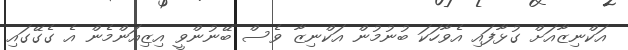
އަކްނިޒާއަށް ގުޅާފައި އެވާހަކަ ބުނުމުން އަކްނިޒާ ވެސް ބޭނުންވީ އިޒިއަންމެން އެ ގެގޭގައި